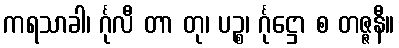
ကရသာခါ၊ င်္ဂုလီ တာ တု၊ ပဉ္စ၊ င်္ဂုဋ္ဌော စ တဇ္ဇနီ။